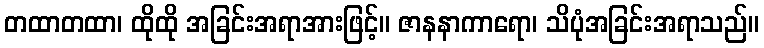
တထာတထာ၊ ထိုထို အခြင်းအရာအားဖြင့်။ ဇာနနာကာရော၊ သိပုံအခြင်းအရာသည်။